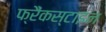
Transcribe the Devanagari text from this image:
फ्रैंकस्टाइन